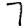
Digit: 7